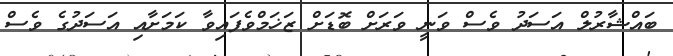
ބައްޝާރުލް އަސަދު ވެސް ވަނީ ވަރަށް ބޮޑަށް ޒަޚަމްވެފައިވާ ކަމަށާއި އަސަދުގެ ވެސް